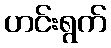
ဟင်းရွက်